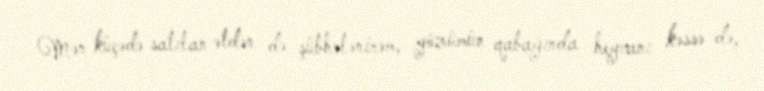
Mən küçədə satılan ətdən də şübhələnirəm, gözümün qabağında heyvanı kəssə də,